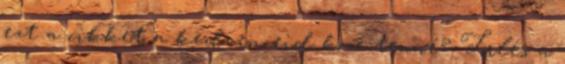
ezt a cikket a kedvenceid közé tenné? Törlés a